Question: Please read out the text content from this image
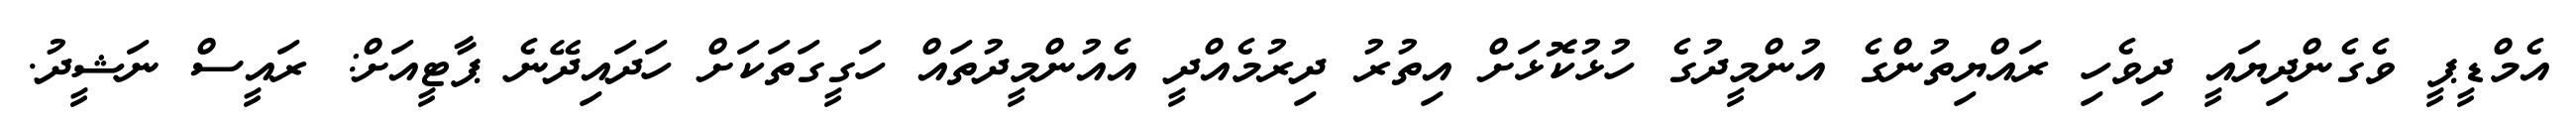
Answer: އެމްޑީޕީ ވެގެންދިޔައީ ދިވެހި ރައްޔިތުންގެ އުންމީދުގެ ހުޅުކޮޅަށް އިތުރު ދިރުމެއްދީ އެއުންމީދުތައް ހަގީގަތަކަށް ހަދައިދޭނެ ޕާޓީއަށް: ރައީސް ނަޝީދު.